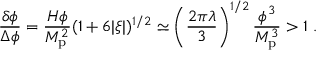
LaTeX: { \frac { \delta \phi } { \Delta \phi } } = { \frac { H \phi } { M _ { \mathrm { p } } ^ { 2 } } } ( 1 + 6 | \xi | ) ^ { 1 / 2 } \simeq \left( { \frac { 2 \pi \lambda } { 3 } } \right) ^ { 1 / 2 } { \frac { \phi ^ { 3 } } { M _ { \mathrm { p } } ^ { 3 } } } > 1 \ .